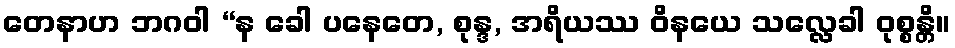
တေနာဟ ဘဂဝါ “န ခေါ ပနေတေ, စုန္ဒ, အရိယဿ ဝိနယေ သလ္လေခါ ဝုစ္စန္တိ။